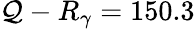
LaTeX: \mathcal{Q}-R_{\gamma}=150.3